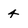
Character: 4